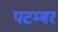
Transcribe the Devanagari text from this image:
पटम्‍बर